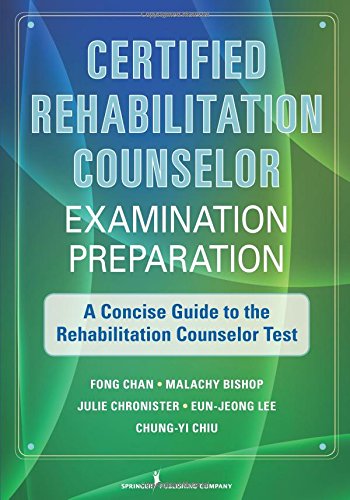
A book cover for Certified Rehabilitation Counselor Examination Preparation: A Concise Guide to the Rehabilitation Counselor Test; Fong Chan PhD  CRC; Medical Books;